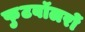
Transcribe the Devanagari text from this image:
फुटबॉलरों